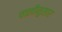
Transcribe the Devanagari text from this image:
चालीनुसार